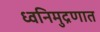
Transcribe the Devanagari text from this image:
ध्वनिमुद्रणात